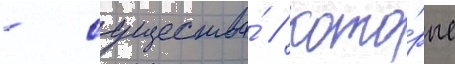
- существа́ / кото́рые